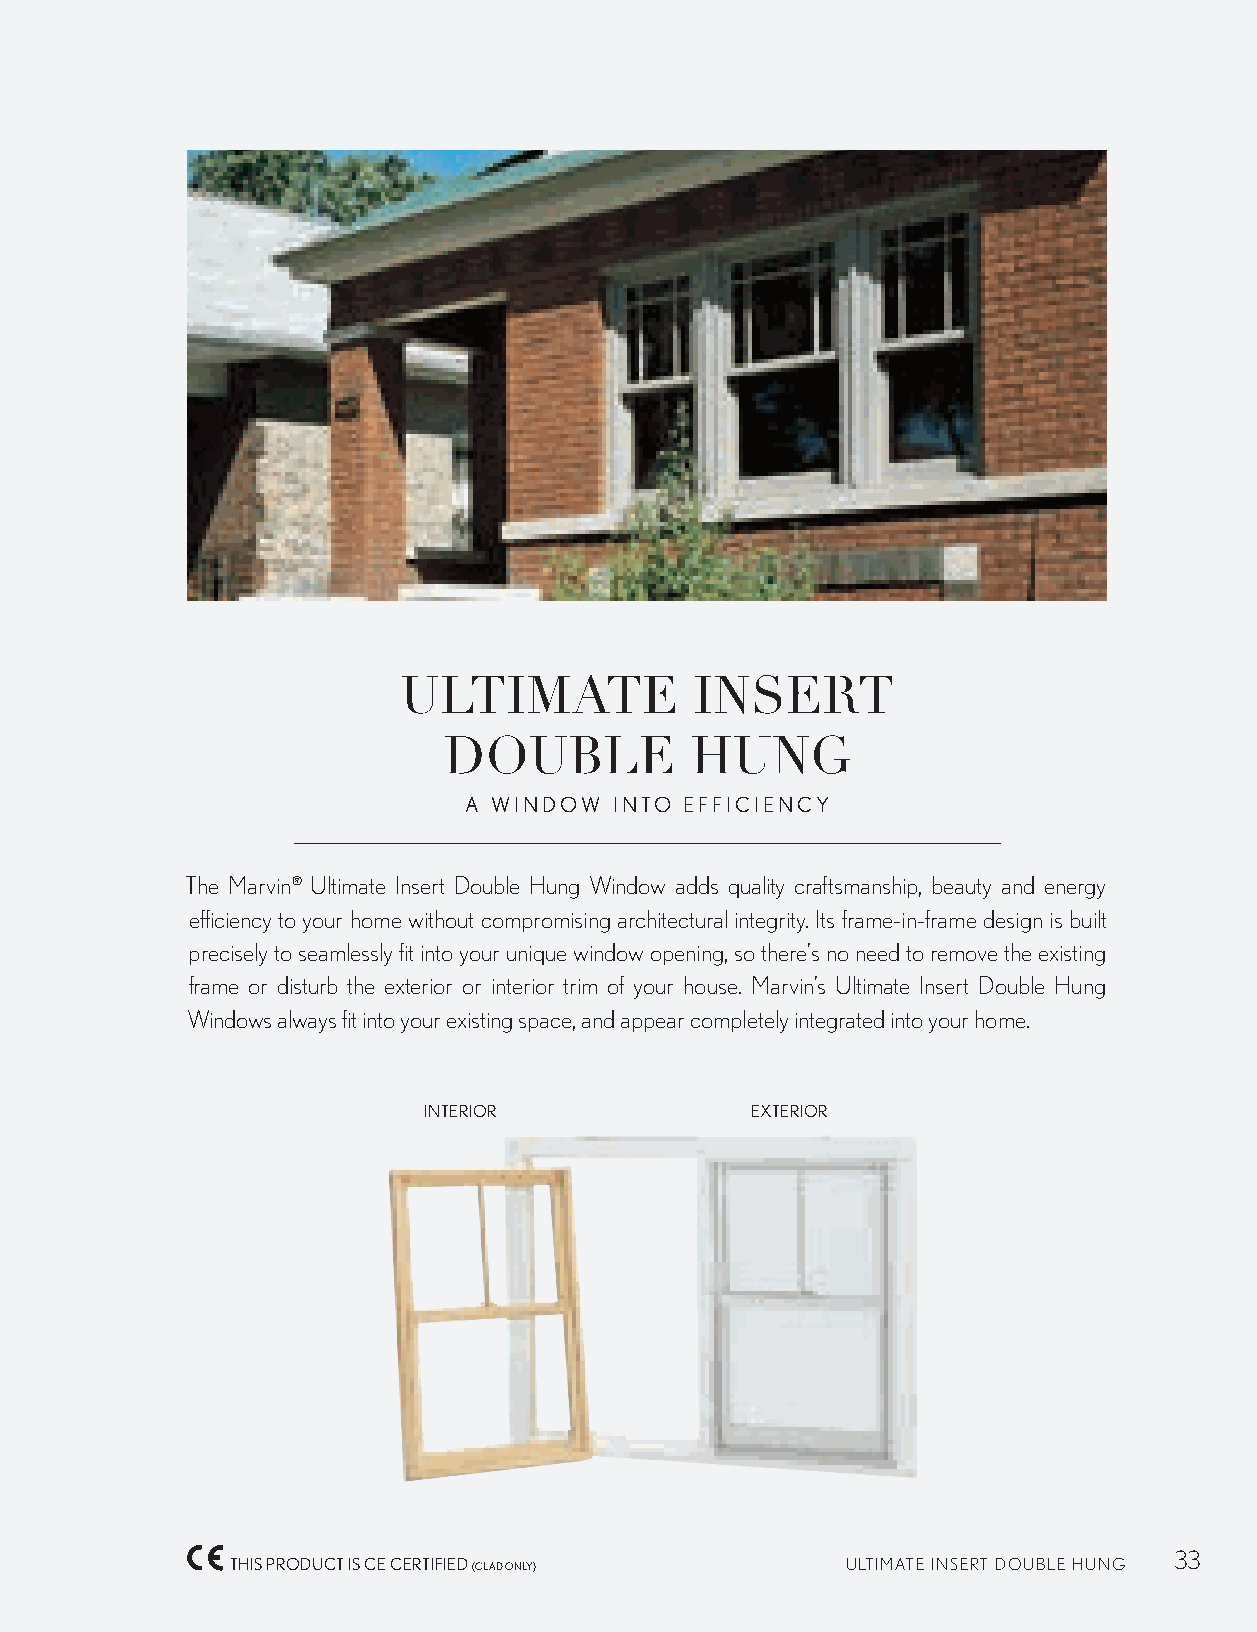
ULTIMATE            INSERT
 DOUBLE           HUNG
 A WINDOW  INTO EFFICIENCY
 The Marvin® Ultimate Insert Double Hung Window adds quality craftsmanship, beauty and energy
 efficiency to your home without compromising architectural integrity. Its frame-in-frame design is built
 precisely to seamlessly fit into your unique window opening, so there’s no need to remove the existing
 frame or disturb the exterior or interior trim of your house. Marvin’s Ultimate Insert Double Hung
 Windows always fit into your existing space, and appear completely integrated into your home.
 INTERIOR              EXTERIOR
 33
 THIS PRODUCT IS CE CERTIFIED (CLAD ONLY) ULTIMATE INSERT DOUBLE HUNG